Manual of the Civil Veterinary Department, Central Provinces and Berar
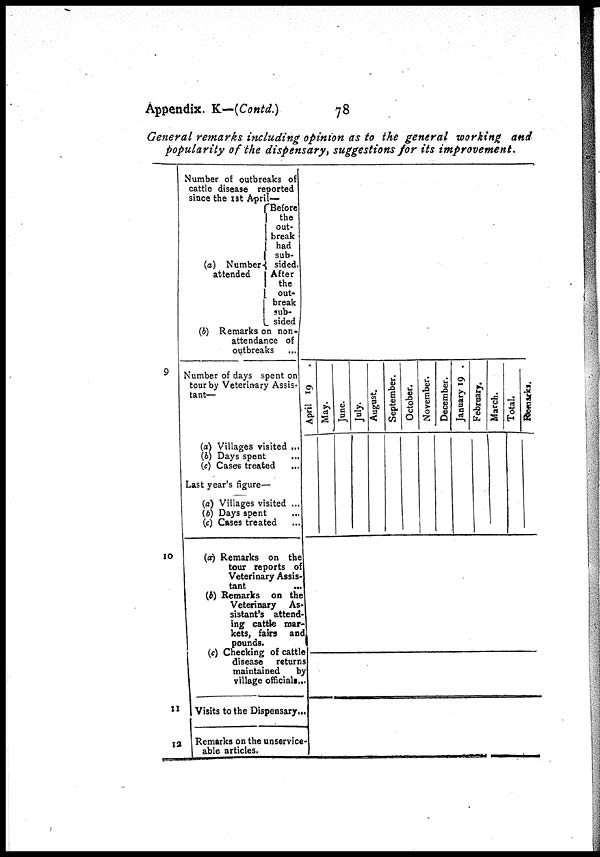
Appendix. K—(Contd.)
78
General remarks including opinion as to the general working and
popularity of the dispensary, suggestions for its improvement.
9
10
11
12
Number of outbreaks of
cattle disease reporting
since the 1st April—
(a) Number
attended
Before
the
out-
break
had
sub-
sided.
After
the
out-
break
sub-
sided
(b) Remarks on non-
attendance of
outbreaks ...
Number of days spent on
tour by Veterinary Assis
tant—
(a) Villages visited ...
(b) Days spent ...
(c) Cases treated ...
Last year's figure—
(a) Villages visited ...
(b) Days spent
(c) Cases treated ...
(a) Remarks on the
tour reports of
Veterinary Assis-
tant ...
(b) Remarks
Veterina As-
sistant's attend-
ing
cattle mar-
kets, fairs and
pounds.
(c) Checking of cattle —
disease returns
maintained by
village officials ...
Visits to the Dispensary ..
Remarks on the unservice-
able articles.
April 19
May.
June.
July.
August.
September.
October.
November.
December.
January 19
February.
March.
Total.
Remarks.